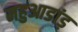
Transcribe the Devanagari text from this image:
महुआडांड़